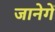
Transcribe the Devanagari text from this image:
जानेगें